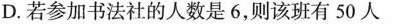
D.若参加书法社的人数是6，则该班有50人